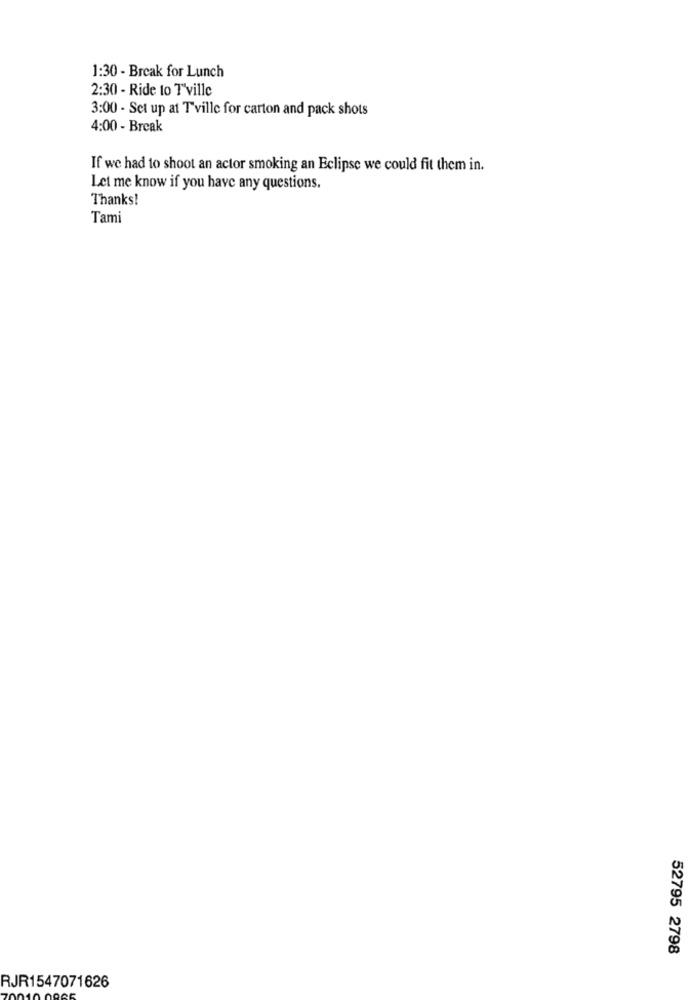
1:30 - Break for Lunch
2:30 - Ride to T'ville
3:00 - Set up at Tville for carton and pack shots
4:00 - Break
If we had to shoot an actor smoking an Eclipse we could fit them in.
Let me know if you have any questions.
Thanks!
Tami
52795 2798
RJR1547071626